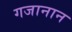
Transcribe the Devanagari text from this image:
गजानान